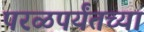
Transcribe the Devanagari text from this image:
परळपर्यंतच्या